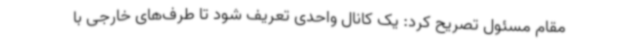
مقام مسئول تصریح کرد: یک کانال واحدی تعریف شود تا طرف‌های خارجی با